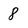
Character: 8